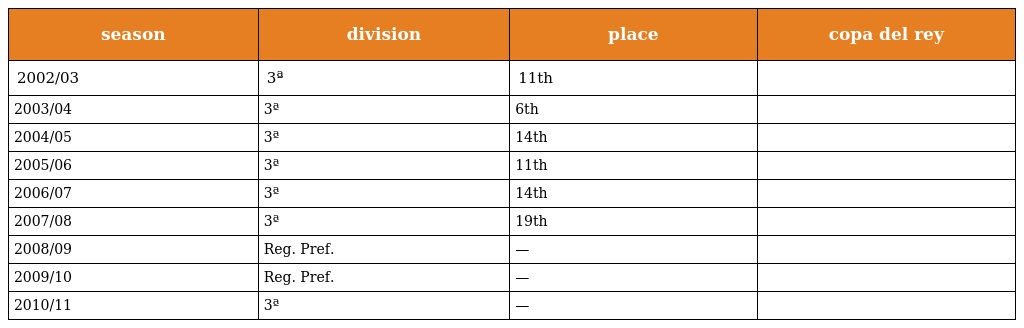
| season | division | place | copa del rey |
 | --- | --- | --- | --- |
 | 2002/03 | 3ª | 11th |  |
 | 2003/04 | 3ª | 6th |  |
 | 2004/05 | 3ª | 14th |  |
 | 2005/06 | 3ª | 11th |  |
 | 2006/07 | 3ª | 14th |  |
 | 2007/08 | 3ª | 19th |  |
 | 2008/09 | Reg. Pref. | — |  |
 | 2009/10 | Reg. Pref. | — |  |
 | 2010/11 | 3ª | — |  |